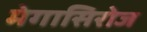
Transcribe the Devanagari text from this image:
मेगासिरोज